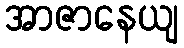
အာဇာနေယျ